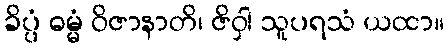
ခိပ္ပံ ဓမ္မံ ဝိဇာနာတိ၊ ဇိဝှါ သူပရသံ ယထာ။